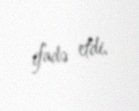
ifadə etdi.